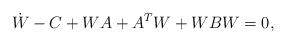
LaTeX: \begin{align*} \dot{W}-C+WA+A^TW+WBW = 0, \end{align*}